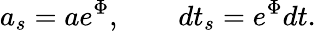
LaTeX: a_{s}=ae^{\Phi},\qquad dt_{s}=e^{\Phi}dt.